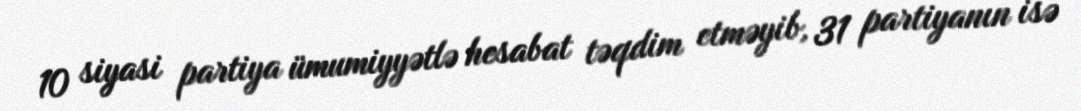
10 siyasi partiya ümumiyyətlə hesabat təqdim etməyib, 31 partiyanın isə